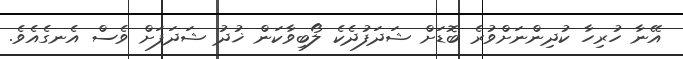
އޭނާ ހުރިހާ ކުދިންނަށްވުރެ ބޮޑަށް ޝަދަފުދެކެ ލޯބިވާކަން ޚުދު ޝަދަފަށް ވެސް އެނގެއެވެ.